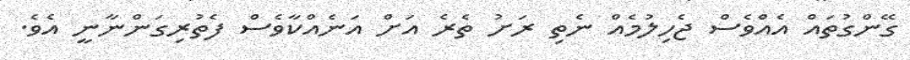
ގޭންގުތައް އެއްވެސް ޖެހިލުމެއް ނެތި ރަށު ތެރެ އަށް އަނެއްކާވެސް ފެތުރިގަންނާނީ އެވެ.